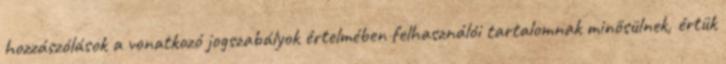
hozzászólások a vonatkozó jogszabályok értelmében felhasználói tartalomnak minősülnek, értük